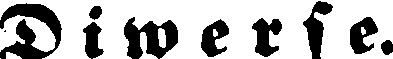
D i w e r s e.